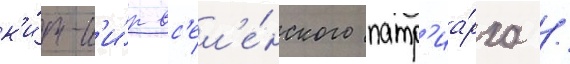
к'и́р-к'и́р вс'ел'е́нского патр'иа́рха /